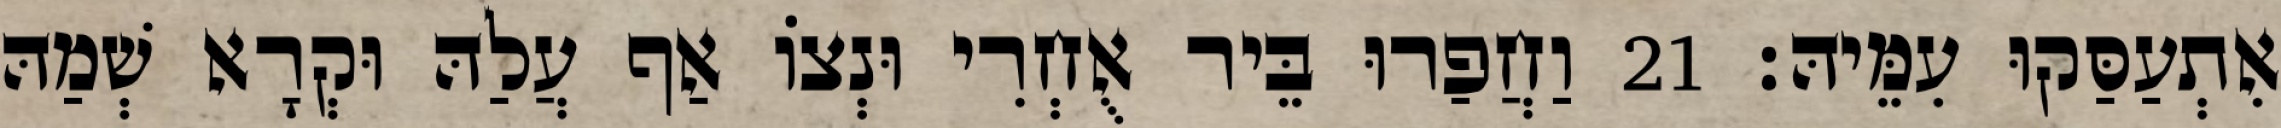
אִתְעַסַּקוּ עִמֵּיהּ׃ 21 וַחֲפַרוּ בֵּיר אֻחְרִי וּנְצוֹ אַף עֲלַהּ וּקְרָא שְׁמַהּ